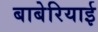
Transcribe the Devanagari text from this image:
बाबेरियाई